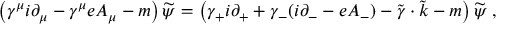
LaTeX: \left( \gamma ^ { \mu } i \partial _ { \mu } - \gamma ^ { \mu } e A _ { \mu } - m \right) \widetilde { \psi } = \left( \gamma _ { + } i \partial _ { + } + \gamma _ { - } ( i \partial _ { - } - e A _ { - } ) - \widetilde { \gamma } \cdot \widetilde { k } - m \right) \widetilde { \psi } \; ,